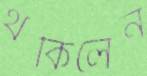
থকিলেন